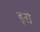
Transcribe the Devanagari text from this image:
इसे